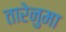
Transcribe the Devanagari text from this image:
तारेनुमा